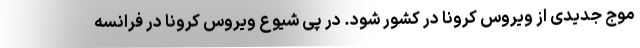
موج جدیدی از ویروس کرونا در کشور شود. در پی شیوع ویروس کرونا در فرانسه